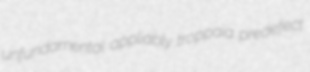
unfundamental appliably troppaia predefect